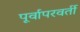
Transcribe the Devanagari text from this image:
पूर्वापरवर्ती